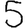
Digit: 5